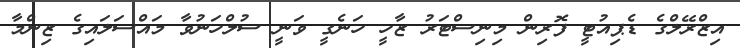
އިޒްރޭލްގެ ޑެޕިއުޓީ ފޮރިން މިނިސްޓަރު ޒާހީ ހަނެގީ ވަނީ ސުލްހަނުވާ މައްސަލައިގެ ޒިންމާ